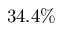
3 4 . 4 \%